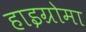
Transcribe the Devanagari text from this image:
हाइग्रोमा